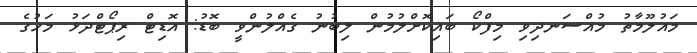
މައުލޫމާތު މުއްސަނދިވި މިފްކޯ ބައިކޮށްލުމުން ލިބުނު ގެއްލުންވީ ބޮޑު: އޮޑިޓް ރިޕޯޓްދަޅު މަހުގެ